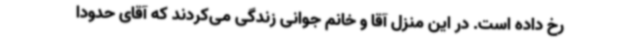
رخ داده است. در این منزل آقا و خانم جوانی زندگی می‌کردند که آقای حدودا